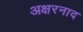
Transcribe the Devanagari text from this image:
अक्षरनाद